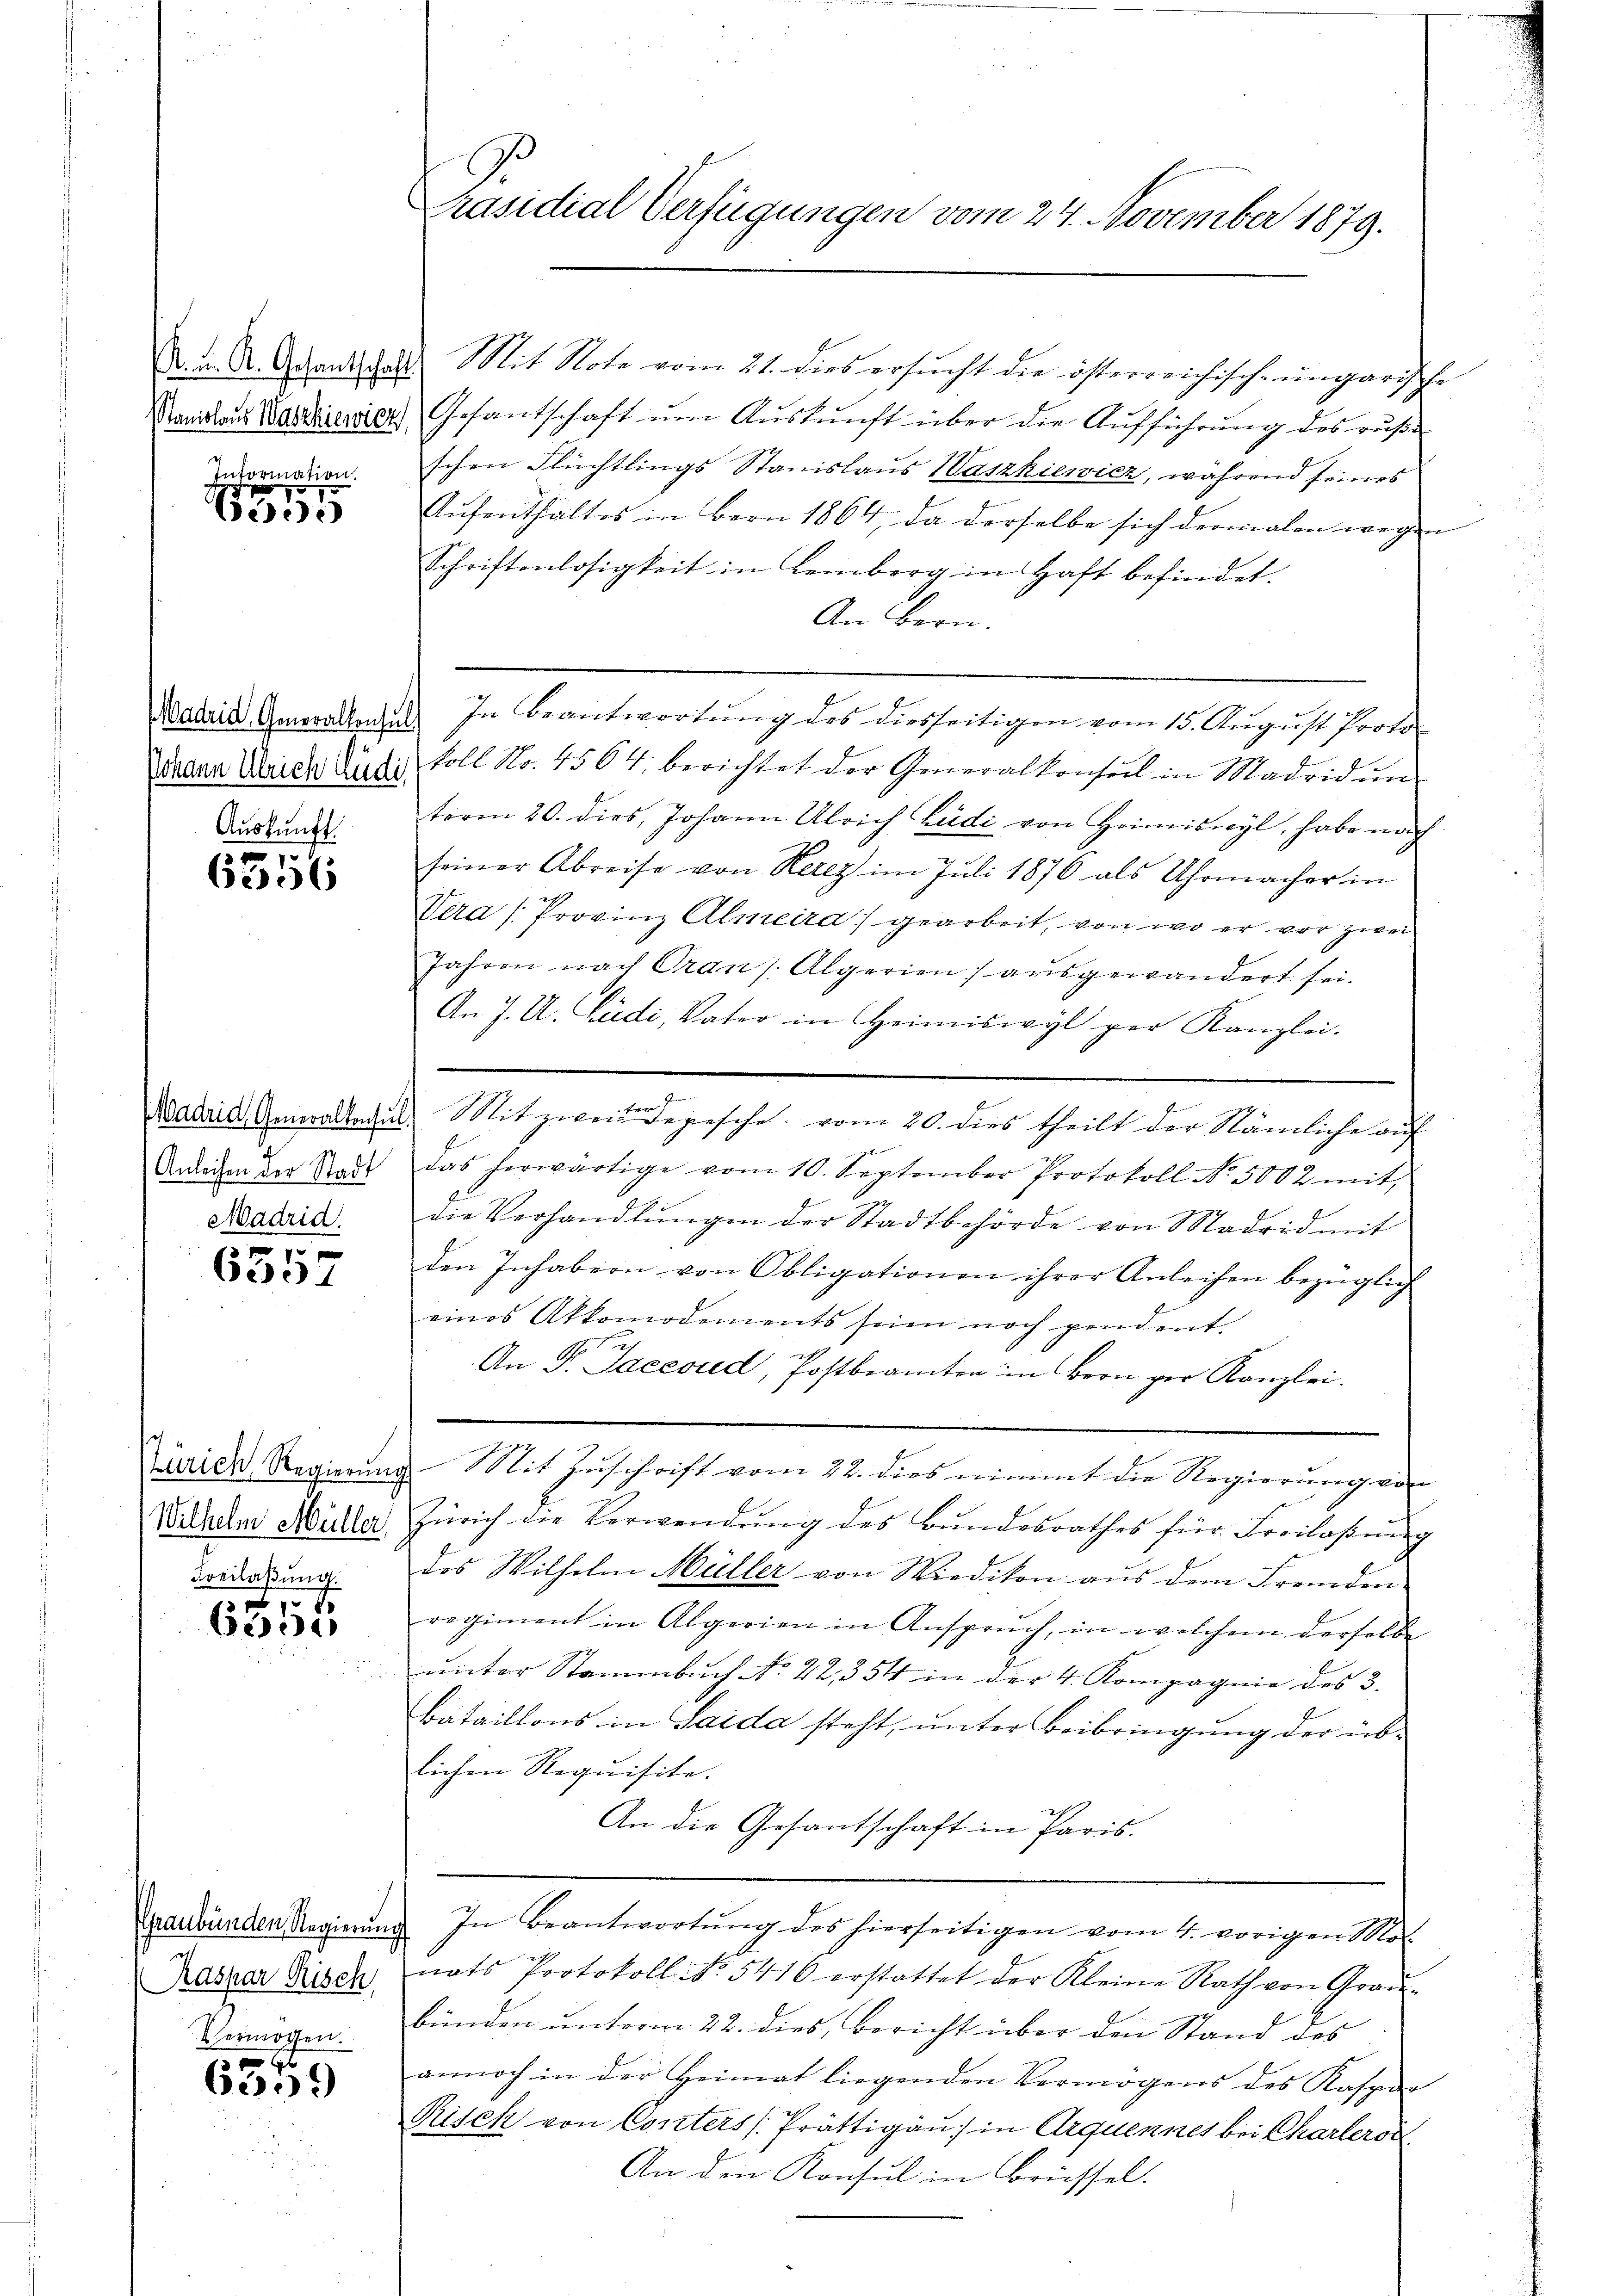
Stanislaus Waszkiewicz

Information.
55

Wadrid. Generallensel
Auskunft.

6356

Anleihen der Stadt
Madrid.

d
6557

(Zürich, Regierun
Wilhelm Müller.
Freilassung.

6355

Graubünden Regierung
e
Raspar Risch
Vermögen.

6559

Präsidial-Verfügungen vom 24. November 1879.

A. K. A. Adantschaft Mit Note vom 21. Dies ersŭcht die österreichisch-ungarische
Gesantschaft um Auskunft über die Aufführung des ruße
schen Flüchtlings Stanislaus Waszkiewicz, während seines
Aufenthältes in Bern 1864, da derselbe sich dermalen wegen
Schriftenlosigkeit in Lemberg in Haft befindet.
An Bern.
In Beantwortung des diesseitigen vom 15. August Proto¬
Draan Weider Ludi soll No. 4564, berichtet der Generalkonseil in Madridŭm
term 20. dies, Johann Ulrich Zudi von Heimiswyl, habe nach
seiner Abreise von Salz im Juli 1876 als Uhrmacher in
Veras Provinz Almeira) gearbeit, von wo er vor zwei¬
Jahren nach Oran/ Algerien) ausgewandert sei.
An J. U. Ludi, Vater in Heimiswyl per Kanzlei.
Batails Generaltaris Mit zweite gesche vom 20. dies theilt der Nämliche auf
das herwärtige vom 10. September Protokoll No 5002 mit
die Verhandlŭngen der Stadtbehörde von Madrid mit
den Inhabern von Obligationen ihrer Anleihen bezüglich
eines Akkomodements seien noch pendent.
h
An P. Saccoud, Postbeamten in Bron per Kanzlei.
Mit Zuschrift vom 22. dies nimmt die Regierung von
Zürich die Verwendung des Bundesrathes für Freiboßung
das Wilhelm Müller von Wiedikon aus dem Fremderi-
regiment in Algerien in Anspruch, in welchem derselbe
unter Stammbuch No. 42, 354 in der 4. Kompagnie des 3.
Bataillons in Saida steht, unter Beibringung der üblichen Requisite.
An die Gesantschaft in Paris.
In Beantwortŭng des hierseitigen vom 4. vorigen Mot
nats Protokoll No 5416 erstattet der Kleine Rath von Graŭ-
bünden unterm 22. dies, Bericht über den Stand des
annoch in der Heimat liegenden Vermögens des Kaspar
Risek von Conters (Prättigau) in Arquennes bei Charterod
An den Konsul in Brüssel.